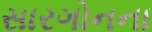
સારગોનના